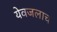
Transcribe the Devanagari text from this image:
येवजलाच